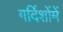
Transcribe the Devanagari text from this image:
गर्दिशोंमें